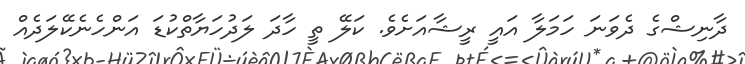
ދާނިޝްގެ ދެވަނަ ހަމަލާ އައީ ރީޝާއަށެވެ. ކަލޭ ތީ ހާދަ ލަދުހަޔާތްކުޑަ އަންހެނެކޭލަދެއް